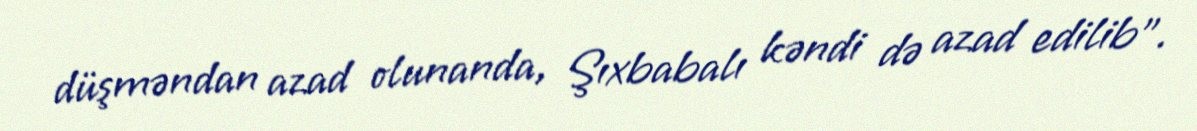
düşməndan azad olunanda, Şıxbabalı kəndi də azad edilib”.